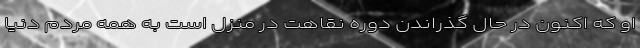
او که اکنون در حال گذراندن دوره نقاهت در منزل است به همه مردم دنیا